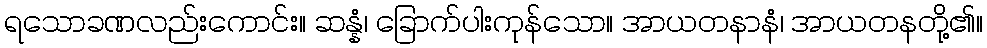
ရသောခဏလည်းကောင်း။ ဆန္နံ၊ ခြောက်ပါးကုန်သော။ အာယတနာနံ၊ အာယတနတို့၏။